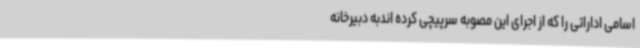
اسامی اداراتی را که از اجرای این مصوبه سرپیچی کرده اندبه دبیرخانه